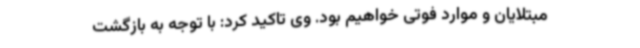
مبتلایان و موارد فوتی خواهیم بود. وی تاکید کرد: با توجه به بازگشت